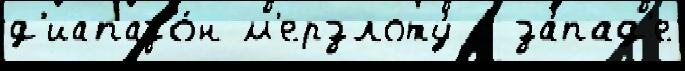
д'иапазо́н м'ерзлоту́ с за́пад'е